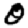
Digit: 0